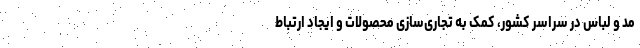
مد و لباس در سراسر کشور، کمک به تجاری‌سازی محصولات و ایجاد ارتباط